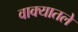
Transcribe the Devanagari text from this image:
वाक्यातले